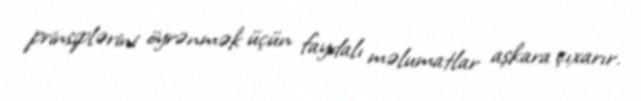
prinsiplərini öyrənmək üçün faydalı məlumatlar aşkara çıxarır.